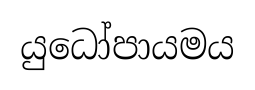
යුධෝපායමය